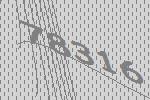
78316